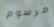
مرسوم